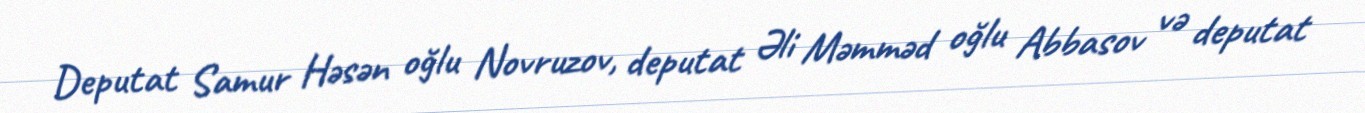
Deputat Samur Həsən oğlu Novruzov, deputat Əli Məmməd oğlu Abbasov və deputat